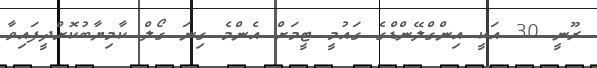
ރޫނީ 30 އަކީ އިންގްލޭންޑްގެ ގައުމީ ޓީމަށް އެންމެ ގިނަ ގޯލް ކާމިޔާބުކޮށްދީފައިވާ